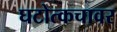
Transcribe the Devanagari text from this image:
घटोत्कचावर